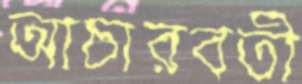
আচারবতী